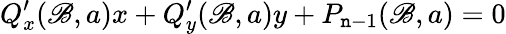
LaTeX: Q_{x}^{\prime}(\mathscr{B},a)x+Q_{y}^{\prime}(\mathscr{B},a)y+P_{\mathtt{n}-1}(\mathscr{B},a)=0